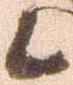
候